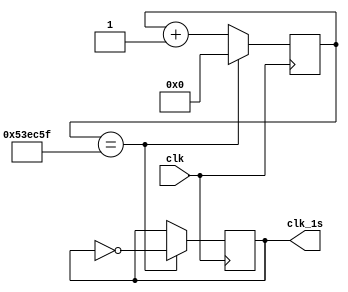
module crossover(
	 input clk,
	 output reg clk_1s
	 );

   //add your code here
	
	reg [24:0] count_clk;
	
	initial
		clk_1s = 1;
	
	always @(posedge clk)
	begin
		if(count_clk == 5499999)
 		begin
			count_clk <=0;
			clk_1s <= ~clk_1s;
		end
		else
			count_clk <= count_clk + 1;
	end


endmodule